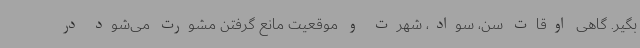
بگیر. گاهی اوقات سن، سواد، شهرت و موقعیت مانع گرفتن مشورت می‌شود در